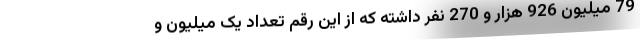
79 میلیون 926 هزار و 270 نفر داشته که از این رقم تعداد یک میلیون و